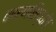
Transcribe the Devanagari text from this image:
कारणसिद्धांत